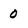
Character: 0